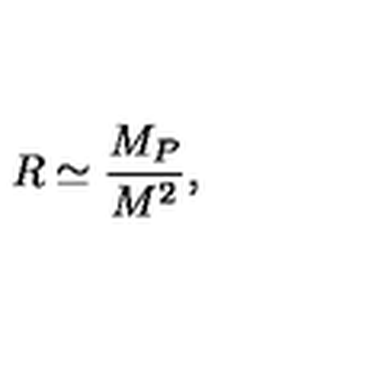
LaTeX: R \simeq \frac { M _ { P } } { M ^ { 2 } } ,